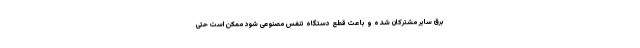
برق سایر مشترکان شده و باعث قطع دستگاه تنفس مصنوعی شود ممکن است حتی